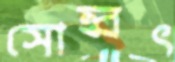
সোহ্বৎ